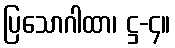
ပြသောဂါထာ၊ ဋ္ဌ-၄။